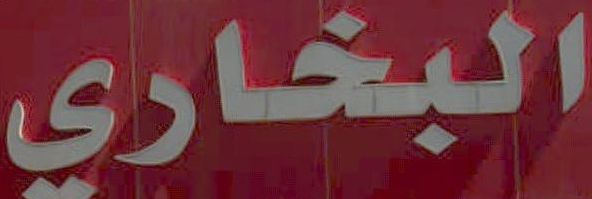
البخاري